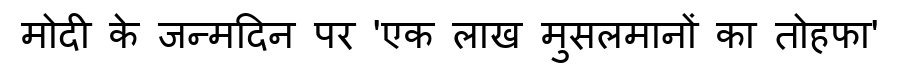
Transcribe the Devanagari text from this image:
मोदी के जन्मदिन पर 'एक लाख मुसलमानों का तोहफा'